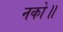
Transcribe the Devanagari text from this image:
नको॥